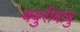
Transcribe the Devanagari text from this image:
बबुरीबाबु